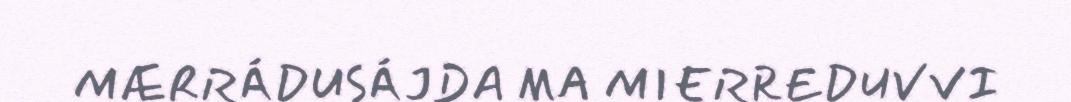
MÆRRÁDUSÁJDA MA MIERREDUVVI